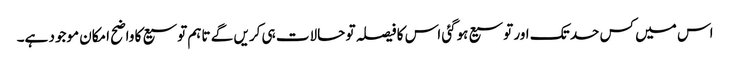
اس میں کس حد تک اور توسیع ہوگئی اس کا فیصلہ تو حالات ہی کریں گے تاہم توسیع کا واضح امکان موجود ہے۔